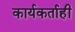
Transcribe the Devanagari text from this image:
कार्यकर्ताही